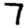
Digit: 7